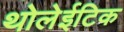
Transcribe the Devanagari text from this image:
थोलेईटिक